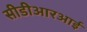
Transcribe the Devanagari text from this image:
सीडीआरआई